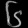
Digit: ၆